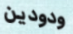
ودودين